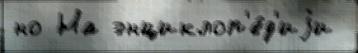
но На энциклоп'е́д'иjи